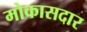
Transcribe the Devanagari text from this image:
मोकासदार